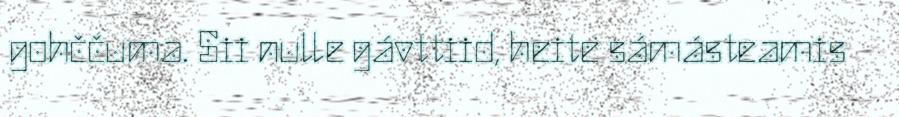
gohččuma. Sii nulle gávttiid, heite sámásteamis